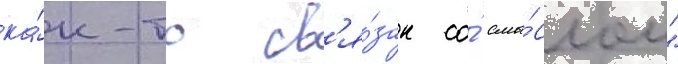
ка́к-то св'я́зан со́ смы́слом"